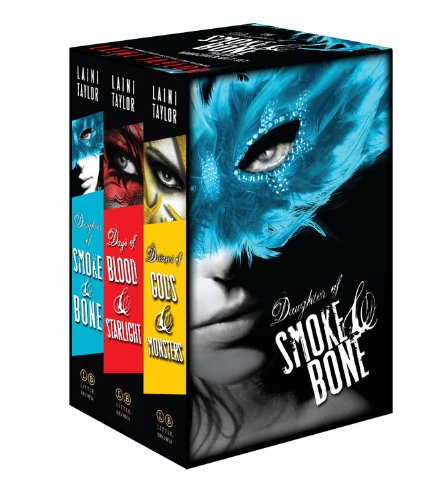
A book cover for The Daughter of Smoke & Bone Trilogy Hardcover Gift Set; Laini Taylor; Teen & Young Adult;